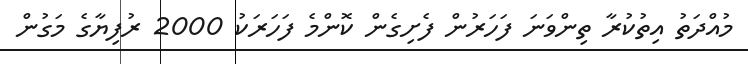
މުއްދަތު އިތުކުރާ ތިންވަނަ ފަހަރުން ފެށިގެން ކޮންމެ ފަހަރަކު 2000 ރުފިޔާގެ މަގުން